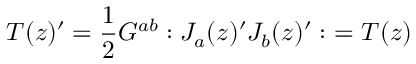
T ( z ) ^ { \prime } = \frac { 1 } { 2 } G ^ { a b } : J _ { a } ( z ) ^ { \prime } J _ { b } ( z ) ^ { \prime } : \ = T ( z )